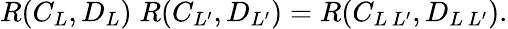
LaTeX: R(C_{L},D_{L})\; R(C_{L^{\prime}},D_{L^{\prime}})=R(C_{L\, L^{\prime}},D_{L\, L^{\prime}}).